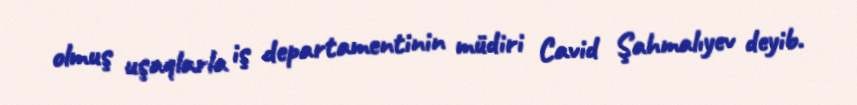
olmuş uşaqlarla iş departamentinin müdiri Cavid Şahmalıyev deyib.